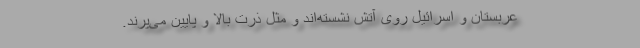
عربستان و اسرائیل روی آتش نشسته‌اند و مثل ذرت بالا و پایین می‌پرند.